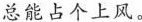
总能占个上风。